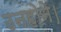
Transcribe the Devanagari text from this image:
उनहोने।